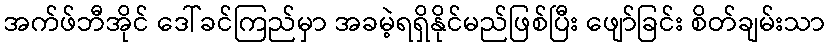
အက်ဖ်ဘီအိုင် ဒေါ်ခင်ကြည်မှာ အခမဲ့ရရှိနိုင်မည်ဖြစ်ပြီး ဖျော်ခြင်း စိတ်ချမ်းသာ